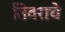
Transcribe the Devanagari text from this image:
तिवराचे